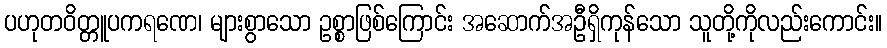
ပဟုတဝိတ္တူပကရဏေ၊ များစွာသော ဥစ္စာဖြစ်ကြောင်း အဆောက်အဦရှိကုန်သော သူတို့ကိုလည်းကောင်း။